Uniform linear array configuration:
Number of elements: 8
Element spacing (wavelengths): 0.75
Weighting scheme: cosine
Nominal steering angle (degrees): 30
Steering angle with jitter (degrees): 31.341
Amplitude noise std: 0.05
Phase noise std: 0.05

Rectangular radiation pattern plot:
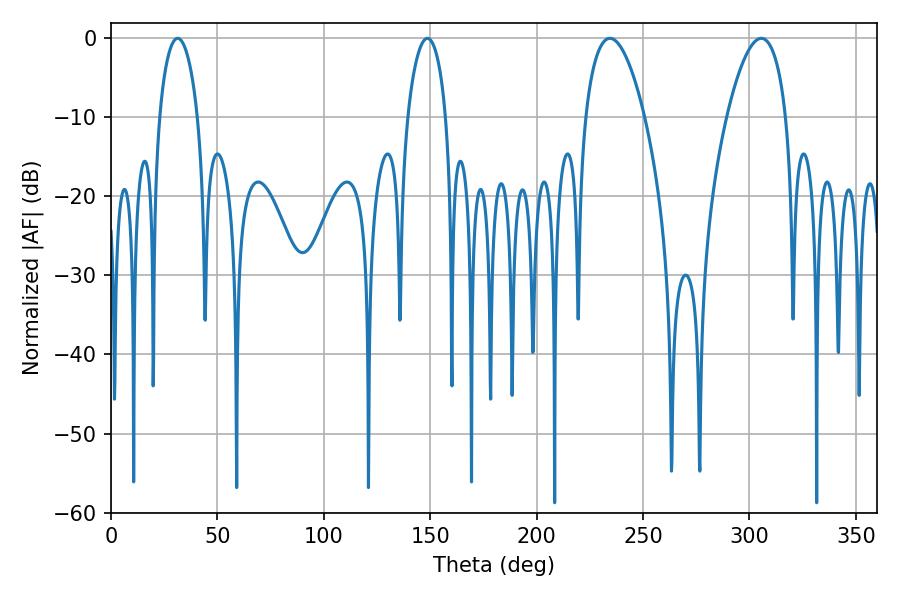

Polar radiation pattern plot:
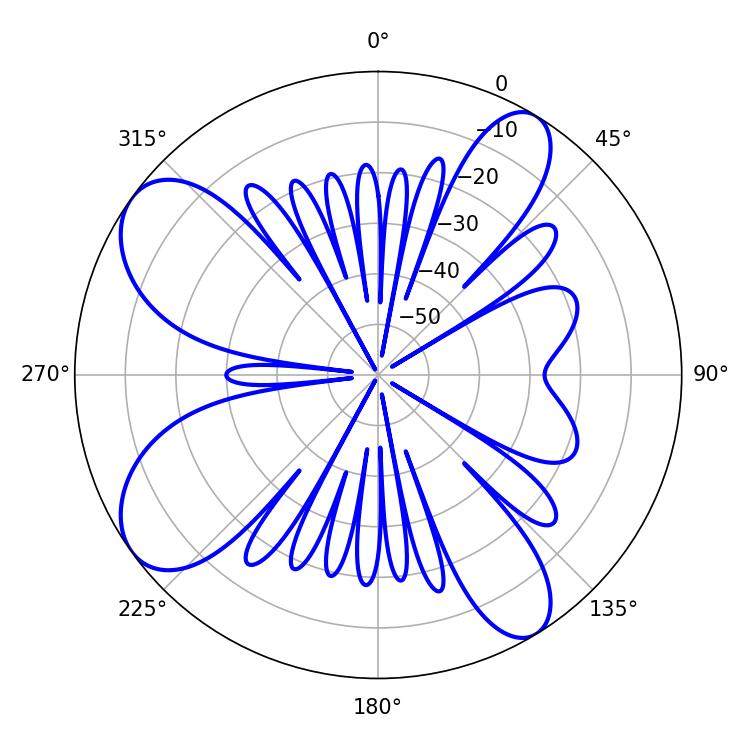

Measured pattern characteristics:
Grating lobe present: TRUE
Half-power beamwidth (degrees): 10.26
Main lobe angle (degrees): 148.68